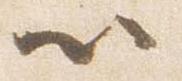
以